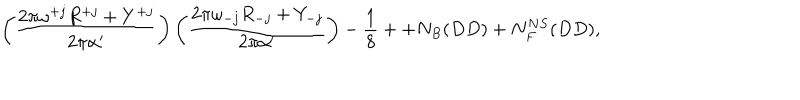
\left( \frac { 2 \pi \omega ^ { + j } R ^ { + j } + Y ^ { + j } } { 2 \pi \alpha ^ { \prime } } \right) \left( \frac { 2 \pi \omega _ { - j } R _ { - j } + Y _ { - j } } { 2 \pi \alpha ^ { \prime } } \right) - \frac { 1 } { 8 } + + N _ { B } ( D D ) + N _ { F } ^ { N S } ( D D ) ,